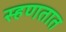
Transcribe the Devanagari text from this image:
स्हणतात